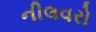
નીલવરો